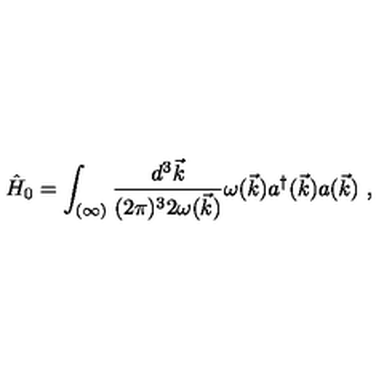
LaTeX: \hat { H } _ { 0 } = \int _ { ( \infty ) } \frac { d ^ { 3 } \vec { k } } { ( 2 \pi ) ^ { 3 } 2 \omega ( \vec { k } ) } \omega ( \vec { k } ) a ^ { \dagger } ( \vec { k } ) a ( \vec { k } ) \ ,